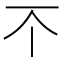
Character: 𫠡